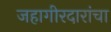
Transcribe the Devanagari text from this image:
जहागीरदारांचा